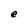
Character: e